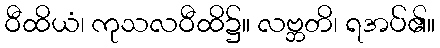
ဝီထိယံ၊ ကုသလဝီထိ၌။ လဗ္ဘတိ၊ ရအပ်၏။